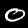
Label: 0